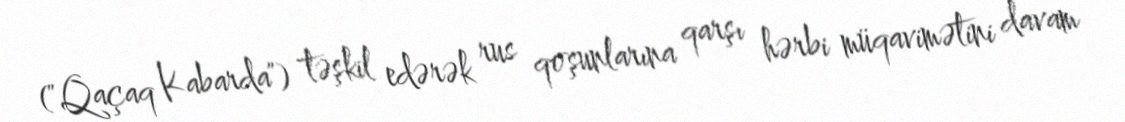
("Qaçaq Kabarda") təşkil edərək rus qoşunlarına qarşı hərbi müqavimətini davam